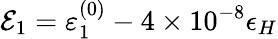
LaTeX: \mathcal{E}_{1}=\varepsilon_{1}^{(0)}-4\times 10^{-8}\epsilon_{H}